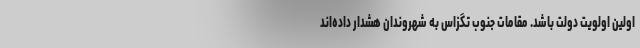
اولین اولویت دولت باشد. مقامات جنوب تگزاس به شهروندان هشدار داده‌اند